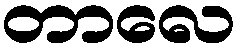
တာလေ